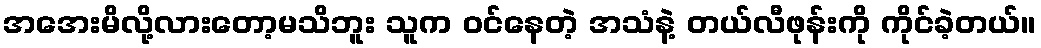
အအေးမိလို့လားတော့မသိဘူး သူက ဝင်နေတဲ့ အသံနဲ့ တယ်လီဖုန်းကို ကိုင်ခဲ့တယ်။